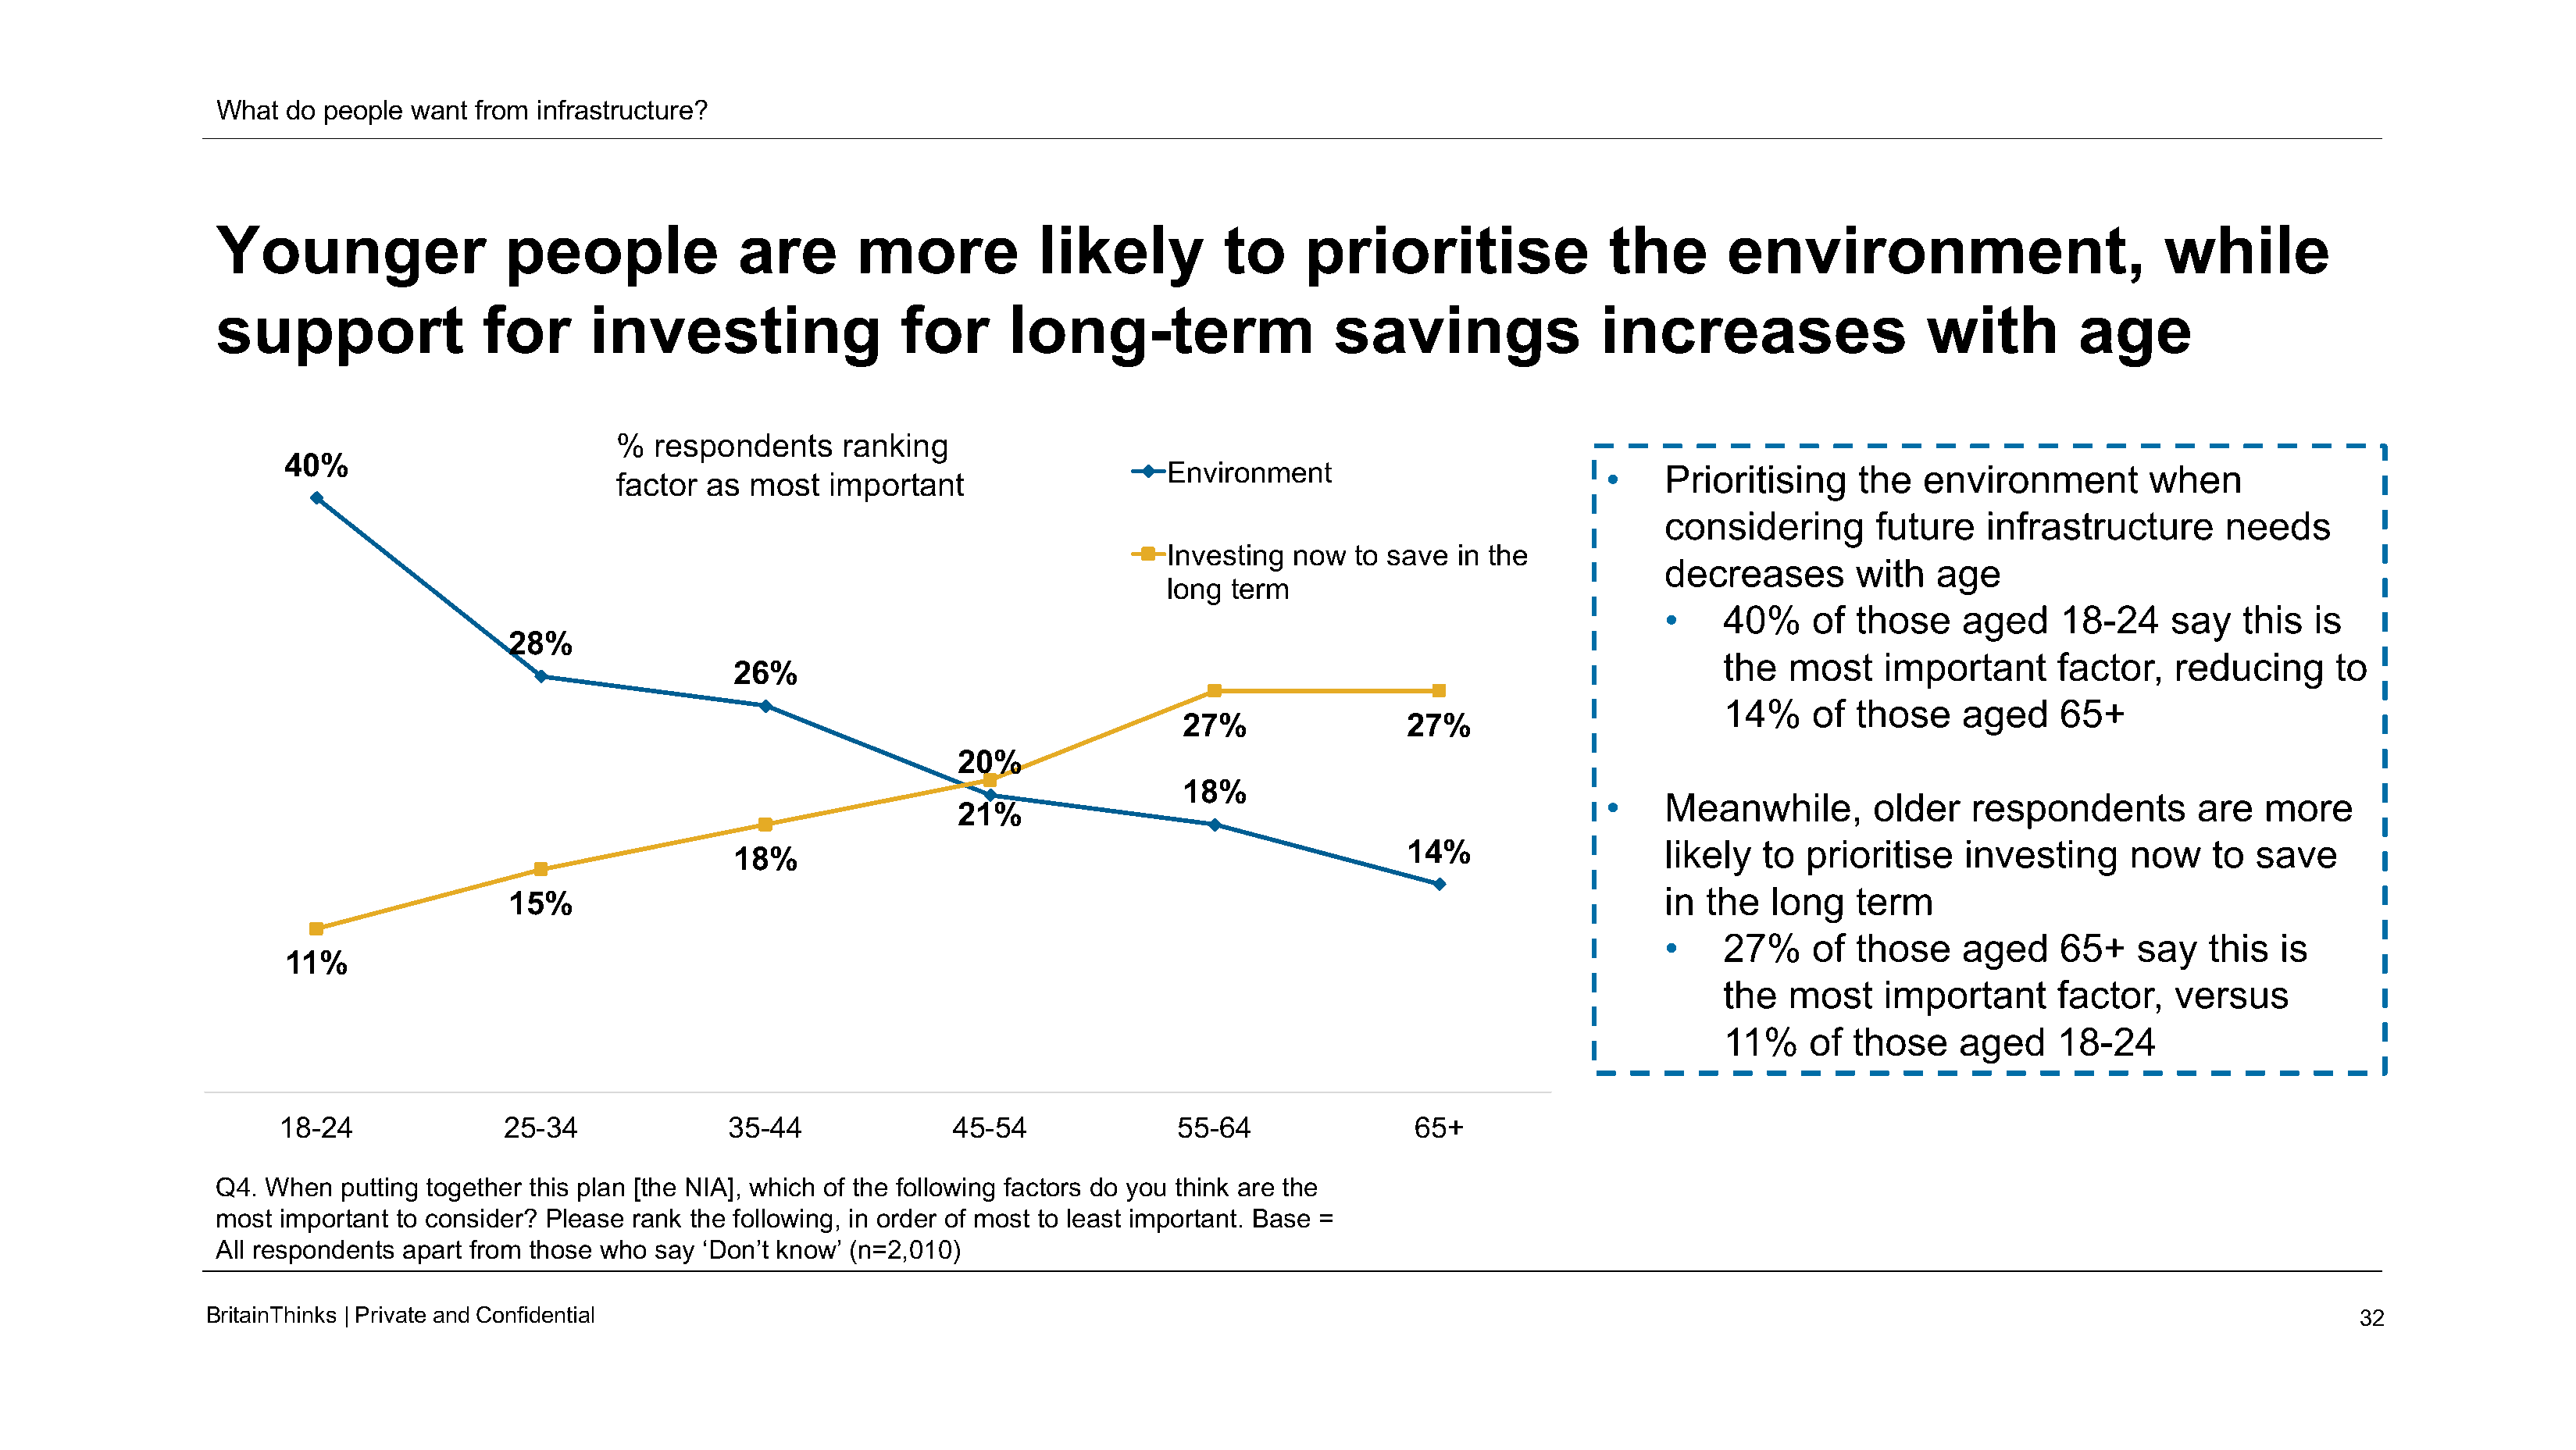
What  do people  want from  infrastructure?
 Younger                  people              are       more           likely          to     prioritise               the       environment,                         while
 support                for      investing                 for      long-term                   savings                increases                  with         age
 %  respondents     ranking
 40%
 Environment                          •    Prioritising    the   environment        when
 factor  as  most  important
 considering       future   infrastructure       needs
 Investing  now  to save  in the
 decreases       with   age
 long term
 •    40%     of those    aged     18-24    say   this  is
 28%
 the   most    important     factor,   reducing      to
 26%
 14%     of those    aged     65+
 27%                27%
 20%
 18%
 •    Meanwhile,        older   respondents        are   more
 21%
 14%                   likely  to  prioritise    investing     now    to save
 18%
 15%                                                                                               in  the  long   term
 •    27%     of those    aged     65+   say   this  is
 11%
 the   most    important     factor,   versus
 11%    of  those    aged    18-24
 18-24              25-34              35-44              45-54              55-64               65+
 Q4. When   putting together this plan [the NIA], which of the following factors do you think are the
 most  important to consider? Please rank the following, in order of most to least important. Base =
 All respondents apart from those who say  ‘Don’t know’ (n=2,010)
 BritainThinks | Private andConfidential                                                                                                                                                32